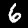
Digit: 6